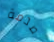
صدمة